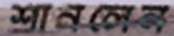
শানলেন